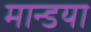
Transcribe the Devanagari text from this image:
मान्डया